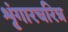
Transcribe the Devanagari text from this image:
शृंगारचरित्र